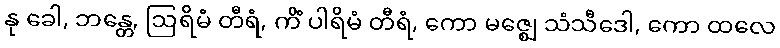
နု ခေါ, ဘန္တေ, ဩရိမံ တီရံ, ကိံ ပါရိမံ တီရံ, ကော မဇ္ဈေ သံသီဒေါ, ကော ထလေ